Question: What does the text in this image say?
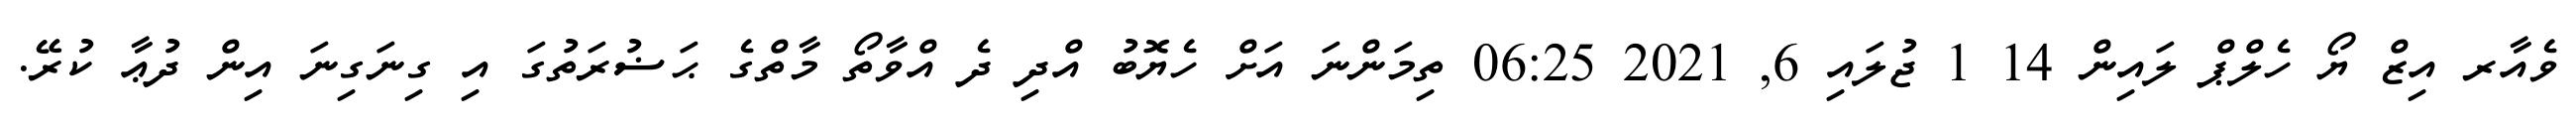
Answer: ވެއާރ އިޒް ޔޯ ހެލްޕް ލައިން 14 1 ޖުލައި 6, 2021 06:25 ތިމަންނަ އަށް ހެޔޮބު އްދި ދެ އްވާތޯ މާތްގެ ޙަޟުރަތުގަ އި ގިނަގިނަ އިން ދުޢާ ކުރޭ.